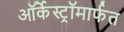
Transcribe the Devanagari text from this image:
ऑर्केस्ट्रॉमार्फत